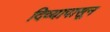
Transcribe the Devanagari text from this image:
दिव्यापासून